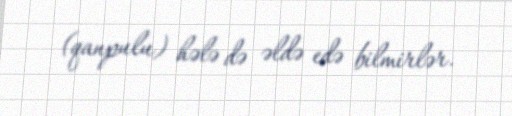
(qanpulu) hələ də əldə edə bilmirlər.